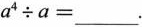
$$a ^ { 4 } \div a =___$$.